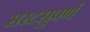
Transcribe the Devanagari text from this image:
सरटसुपर्ण